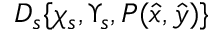
\cal D _ { s } \{ \chi _ { s } , \Upsilon _ { s } , P ( \hat { x } , \hat { y } ) \}